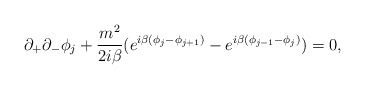
\begin{align*}\partial_{+}\partial_{-}\phi_{j} +\frac{m\sp{2}}{2i\beta}(e\sp{i\beta(\phi_{j}-\phi_{j+1})}-e\sp{i\beta(\phi_{j-1}-\phi_{j})})=0, \end{align*}